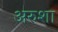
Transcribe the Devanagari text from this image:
अरुशा